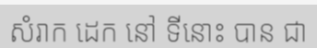
សំរាក ដេក នៅ ទីនោះ បាន ជា